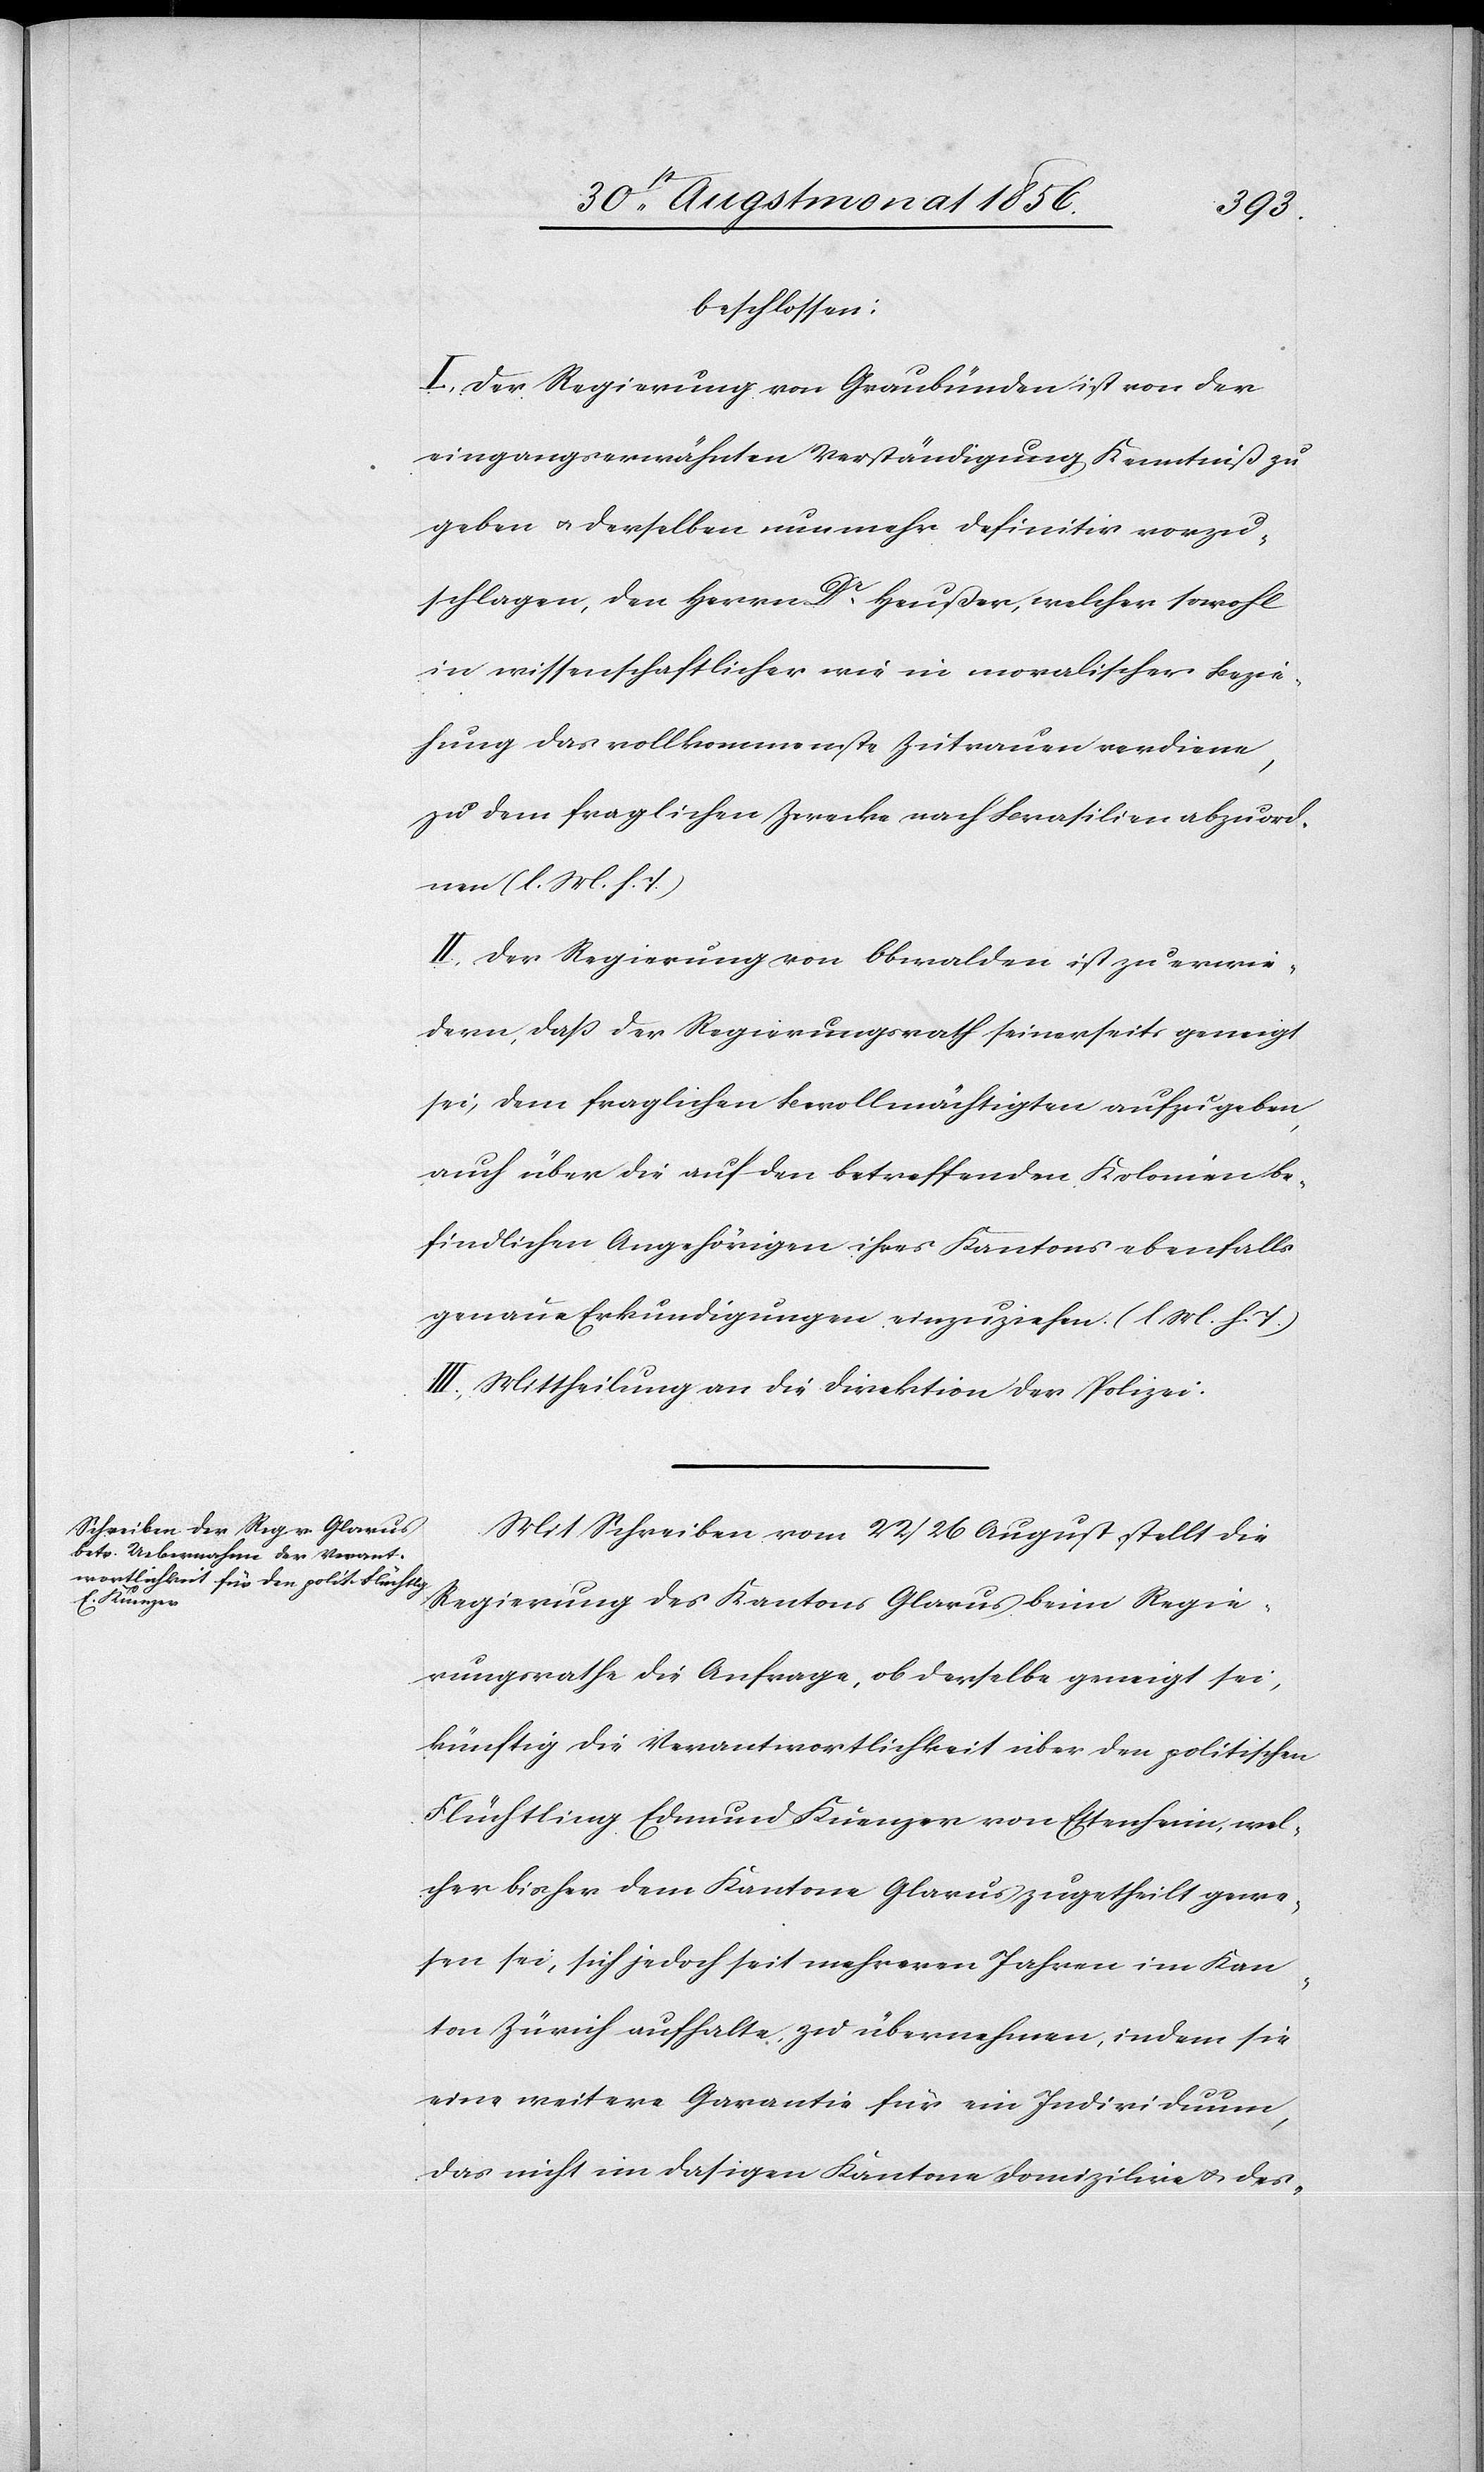
beschlossen:
I.) Der Regierung von Graubünden ist von der
eingangserwähnten Verständigung Kenntniß zu
geben u. derselben nunmehr definitiv vorzu¬
schlagen, den Herrn Dr Heußer, welcher sowohl
in wissenschaftlicher wie in moralischer Bezie¬
hung das vollkommenste Zutrauen verdiene,
zu dem fraglichen Zwecke nach Brasilien abzuord¬
nen (l. M. h. T.)
II.) Der Regierung von Obwalden ist zu erwie¬
dern, dass der Regierungsrath seinerseits geneigt
sei, dem fraglichen Bevollmächtigten aufzugeben,
auch über die auf den betreffenden Kolonien be¬
findlichen Angehörigen ihres Kantons ebenfalls
genaue Erkundigungen einzuziehen. (l M. h. T.)
III.) Mittheilung an die Direktion der Polizei.
Mit Schreiben vom 22/26 August stellt die
Regierung des Kantons Glarus beim Regie¬
rungsrathe die Anfrage, ob derselbe geneigt sei,
künftig die Verantwortlichkeit über den politischen
Flüchtling Edmund Kuenzer von Ettenheim, wel¬
cher bisher dem Kantone Glarus zugetheilt gewe¬
sen sei, sich jedoch seit mehreren Jahren im Kan¬
ton Zürich aufhalte, zu übernehmen; indem sie
eine weitere Garantie für ein Individuum,
das nicht im dasigen Kantone domizilire u. des-